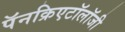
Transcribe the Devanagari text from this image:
पॅनक्रिएटॉलॉजी